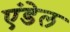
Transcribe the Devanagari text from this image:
एंडेल